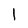
Character: 1